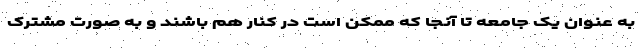
به عنوان یک جامعه تا آنجا که ممکن است در کنار هم باشند و به صورت مشترک